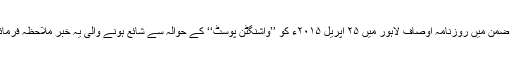
اس ضمن میں روزنامہ اوصاف لاہور میں ۲۵ اپریل ۲۰۱۵ء کو ’’واشنگٹن پوسٹ‘‘ کے حوالہ سے شائع ہونے والی یہ خبر ملاحظہ فرمائیں۔